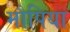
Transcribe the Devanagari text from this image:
मौपिया